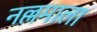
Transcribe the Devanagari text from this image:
नल्लमाला